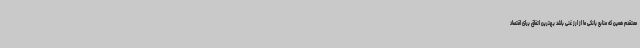
معتقدم همین که منابع بانکی ما از ارز غنی باشد بهترین اتفاق برای اقتصاد